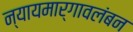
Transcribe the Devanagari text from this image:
न्यायमार्गावलंबन